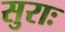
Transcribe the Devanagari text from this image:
सुराः